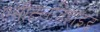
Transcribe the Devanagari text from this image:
एसीटलडिहाइड